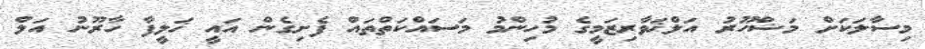
މިސާލަކަށް މަޝްހޫރު އަލްޚަވާރިޒަމީގެ މުހިންމު މަސައްކަތްތައް ފެށިގެން އައީ ޚަލީފާ ހާރޫނު އަލް